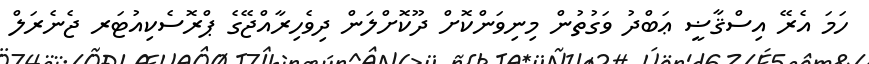
ހަމަ އެރޭ އިސްޤާޟީ ޢަބްދު ވަގުތުން މިނިވަންކޮށް ދޫކޮށްލަން ދިވެހިރާއްޖޭގެ ޕްރޮސެކިއުޓަރ ޖެނެރަލް